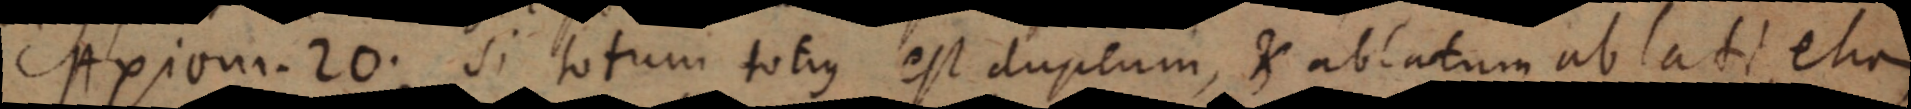
Axiom. 20. si totum totius est duplum, et ablatum ab lati etiam